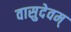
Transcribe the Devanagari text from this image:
वासुदेवम्